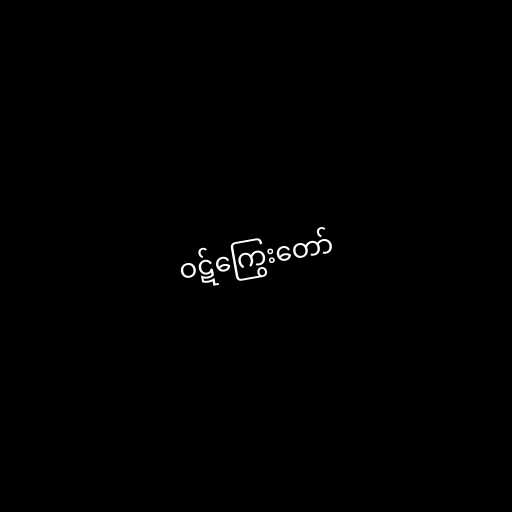
ဝဋ်ကြွေးတော်